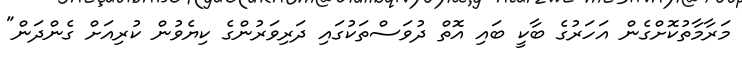
މަރާމާތުކޮށްގެން އަހަރުގެ ބާކީ ބައި އޮތް ދުވަސްތަކުގައި ދަރިވަރުންގެ ކިޔެވުން ކުރިއަށް ގެންދަން"